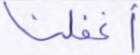
أغفلنا